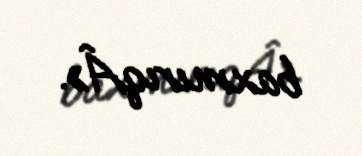
baxmırıqÂ».